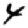
Digit: 4